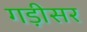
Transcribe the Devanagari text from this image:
गड़ीसर